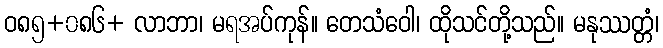
ဝ၈၅+၀၈၆+ လာဘာ၊ မရအပ်ကုန်။ တေသံဝေါ၊ ထိုသင်တို့သည်။ မနုဿတ္တံ၊